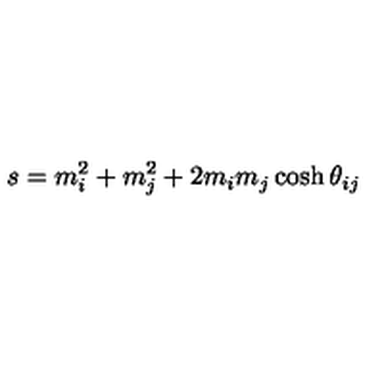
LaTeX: s = m _ { i } ^ { 2 } + m _ { j } ^ { 2 } + 2 m _ { i } m _ { j } \cosh \theta _ { i j }